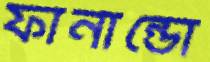
ফার্নান্ডো